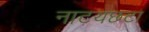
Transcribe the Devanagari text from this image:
नाटयछटा